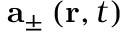
\mathbf { a } _ { \pm } \left( \mathbf { r } , t \right)